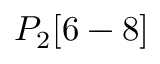
P _ { 2 } [ 6 - 8 ]